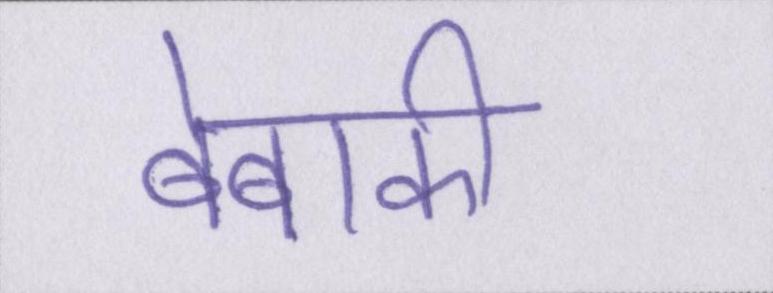
बेबाकी